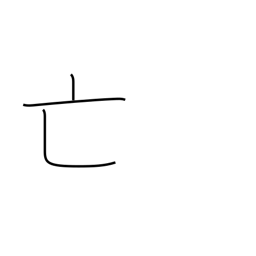
Meaning: dying